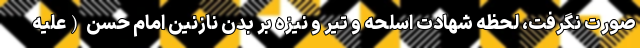
صورت نگرفت، لحظه شهادت اسلحه و تیر و نیزه بر بدن نازنین امام حسن (علیه